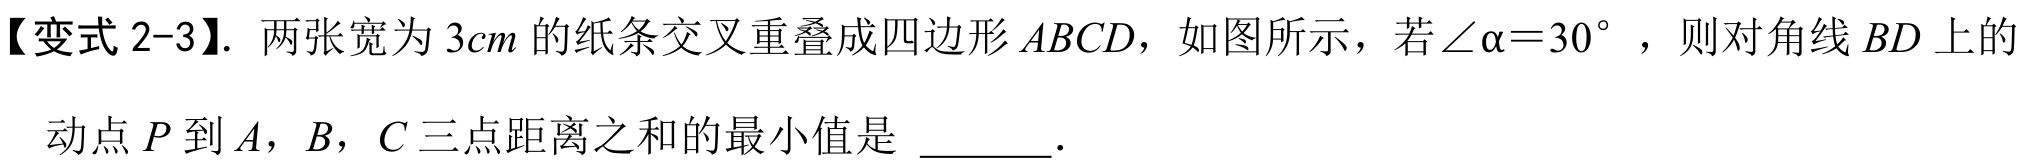
【变式 2-3】. 两张宽为 \(3cm\) 的纸条交叉重叠成四边形 \(ABCD\)，如图所示，若\(\angle\alpha = 30^{\circ}\) ，则对角线 \(BD\) 上的动点 \(P\) 到 \(A\)，\(B\)，\(C\) 三点距离之和的最小值是  ．